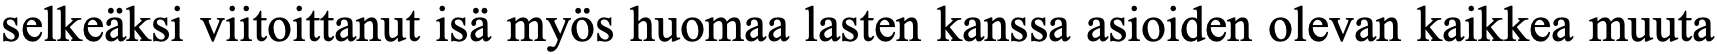
selkeäksi viitoittanut isä myös huomaa lasten kanssa asioiden olevan kaikkea muuta